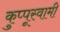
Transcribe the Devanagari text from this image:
कुप्पूस्वामी